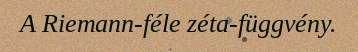
A Riemann-féle zéta-függvény.